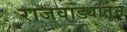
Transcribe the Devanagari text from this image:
राजवाड्यातून